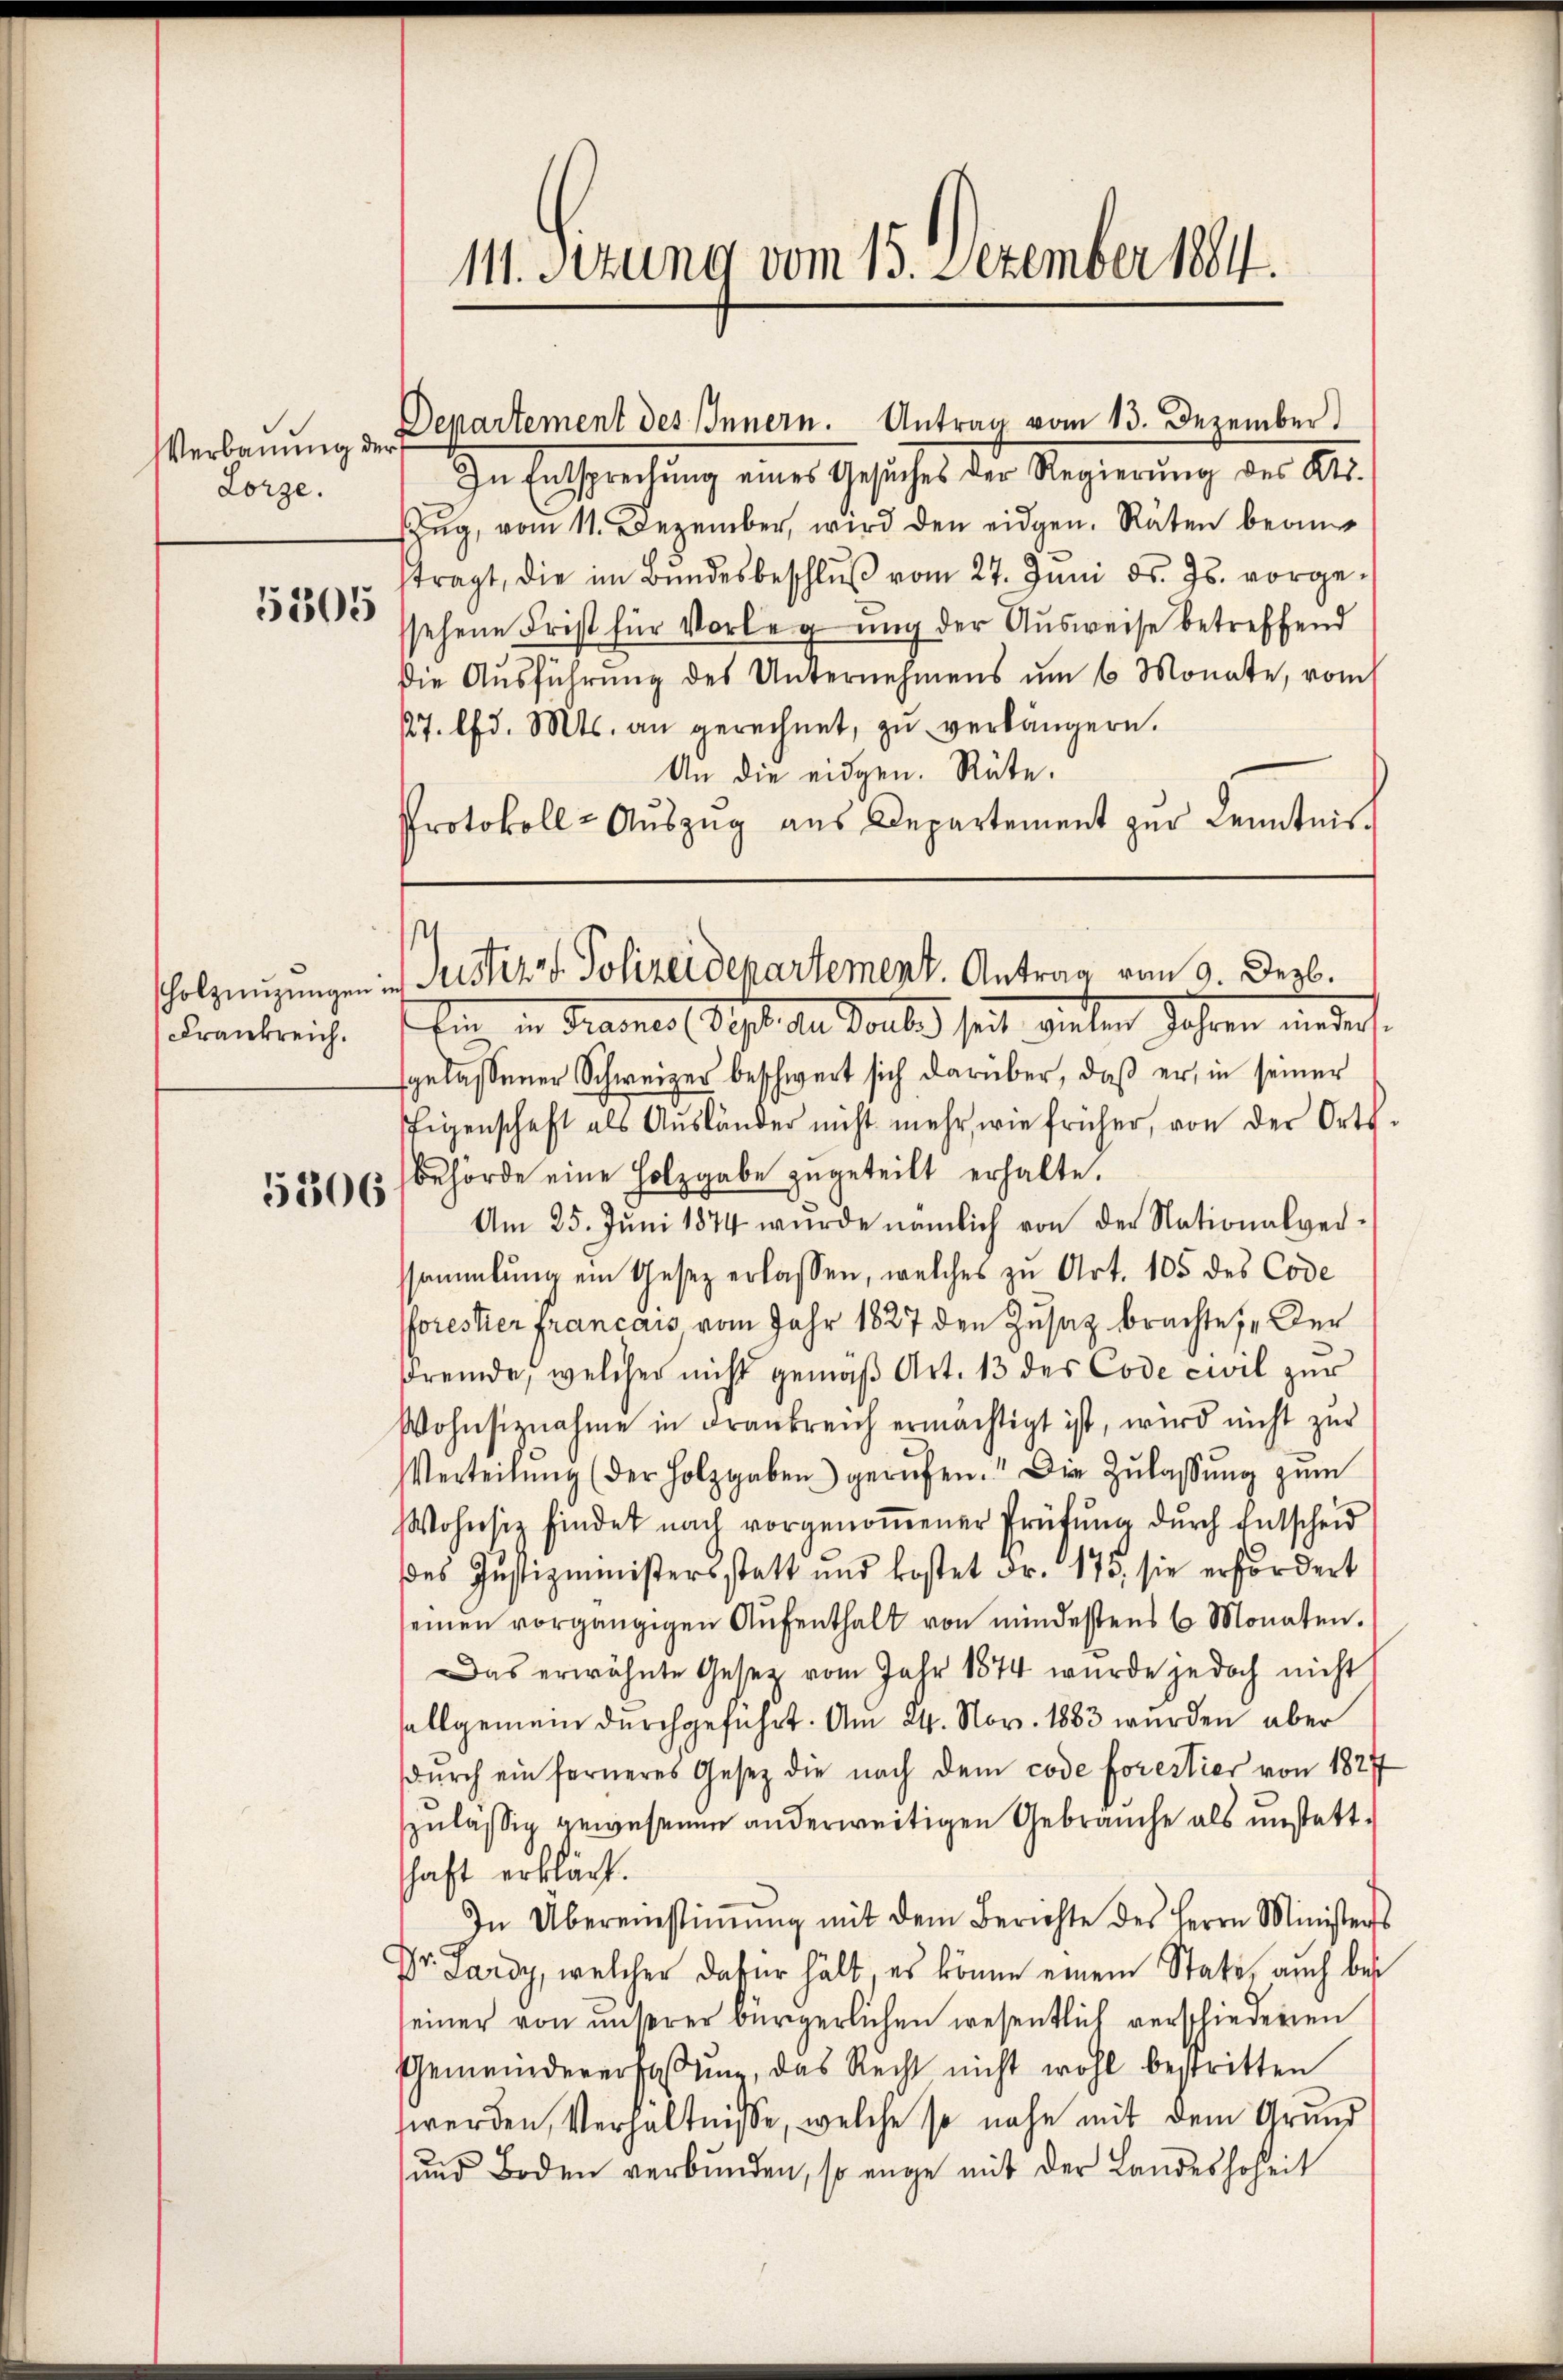
Verbauung der
Lorze.
5305

Krankreich.

5306

11. Sizung vom 15. Dezember 1884.

Departement des Innern. Antrag vom 13. Dezember

In Entsprechung eines Gesuches der Regierŭng des Kts.
Zug, vom 11. Dezember, wird den eidgen. Räten beantragt, die im Bŭndesbeschlŭβ vom 27. Juni d. Js. vorge-
sehene Frist für Vorlegung der Ausweise betreffend
die Ausführung des Unternehmens um 6 Monate, vom
27. lfd. Mts. an gerechnet, zŭ verlängern.
An die eidgen. Räte.
Protokoll - Auszug aus Departement zur Kenntnis.

Ein in Brannes Sept. den Toute seit vielen Jahren indert.
gelassener Schweizer beschwert sich darüber, daß er in seiner
Eigenschaft als Aŭsländer nicht mehr wie früher, von der Orts-
behörde eine Holzgabe zugeteilt erhalte.
Am 25. Jŭni 1874 wurde nämlich von der Nationalver-
sammlung ein Gesetz erlassen, welches zu Art. 105 des Code
forester francais vom Jahr 1827 den Zusatz brachte, „Der
fremde, welcher nicht gemäß Art. 13 des Code civil zur
Wohnsiznahme in Frankreich ermächtigt ist, wird nicht zur
Verteilŭng (der Holzgaben gerufen." Die Zŭlaβŭng zŭm
WWohnsiz findet nach vorgenoṁener Prüfŭng dŭrch Entscheid
des Justizministersstatt und kostet Fr. 175, sie erfordert
seinen vorgängigen Aŭfenthalt von mindestens 6 Monaten.
Das erwähnte Gesetz vom Jahr 1874 wurde jedoch nicht
sallgemein durchgeführt. Am 24. Nov. 1883 wurden aber
dŭrch ein ferneres Gesetz die nach dem code forestier von 1827
zulässig gewesenen anderweitigen Gebräuche als unstattschaft erklärt.
In Übereinstiṁŭng mit dem Berichte des Herrn Ministerst
Dr. Lardy, welcher dafür hält, es könne einem Stati, auch bes
einer von unserer bürgerlichen wesentlich verschiederen
Gemeindeverfassŭng, das Recht nicht wohl bestritten
werden, Verhältnisse, welche so nahe mit dem Grund
ŭnd Boden verbŭnden, so enge mit der Landeshoheit

e
holzenzungen in Justiz v. Polizeidepartement. Antrag vom 9. Dezb.